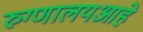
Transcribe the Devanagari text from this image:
रुग्णालयआहे